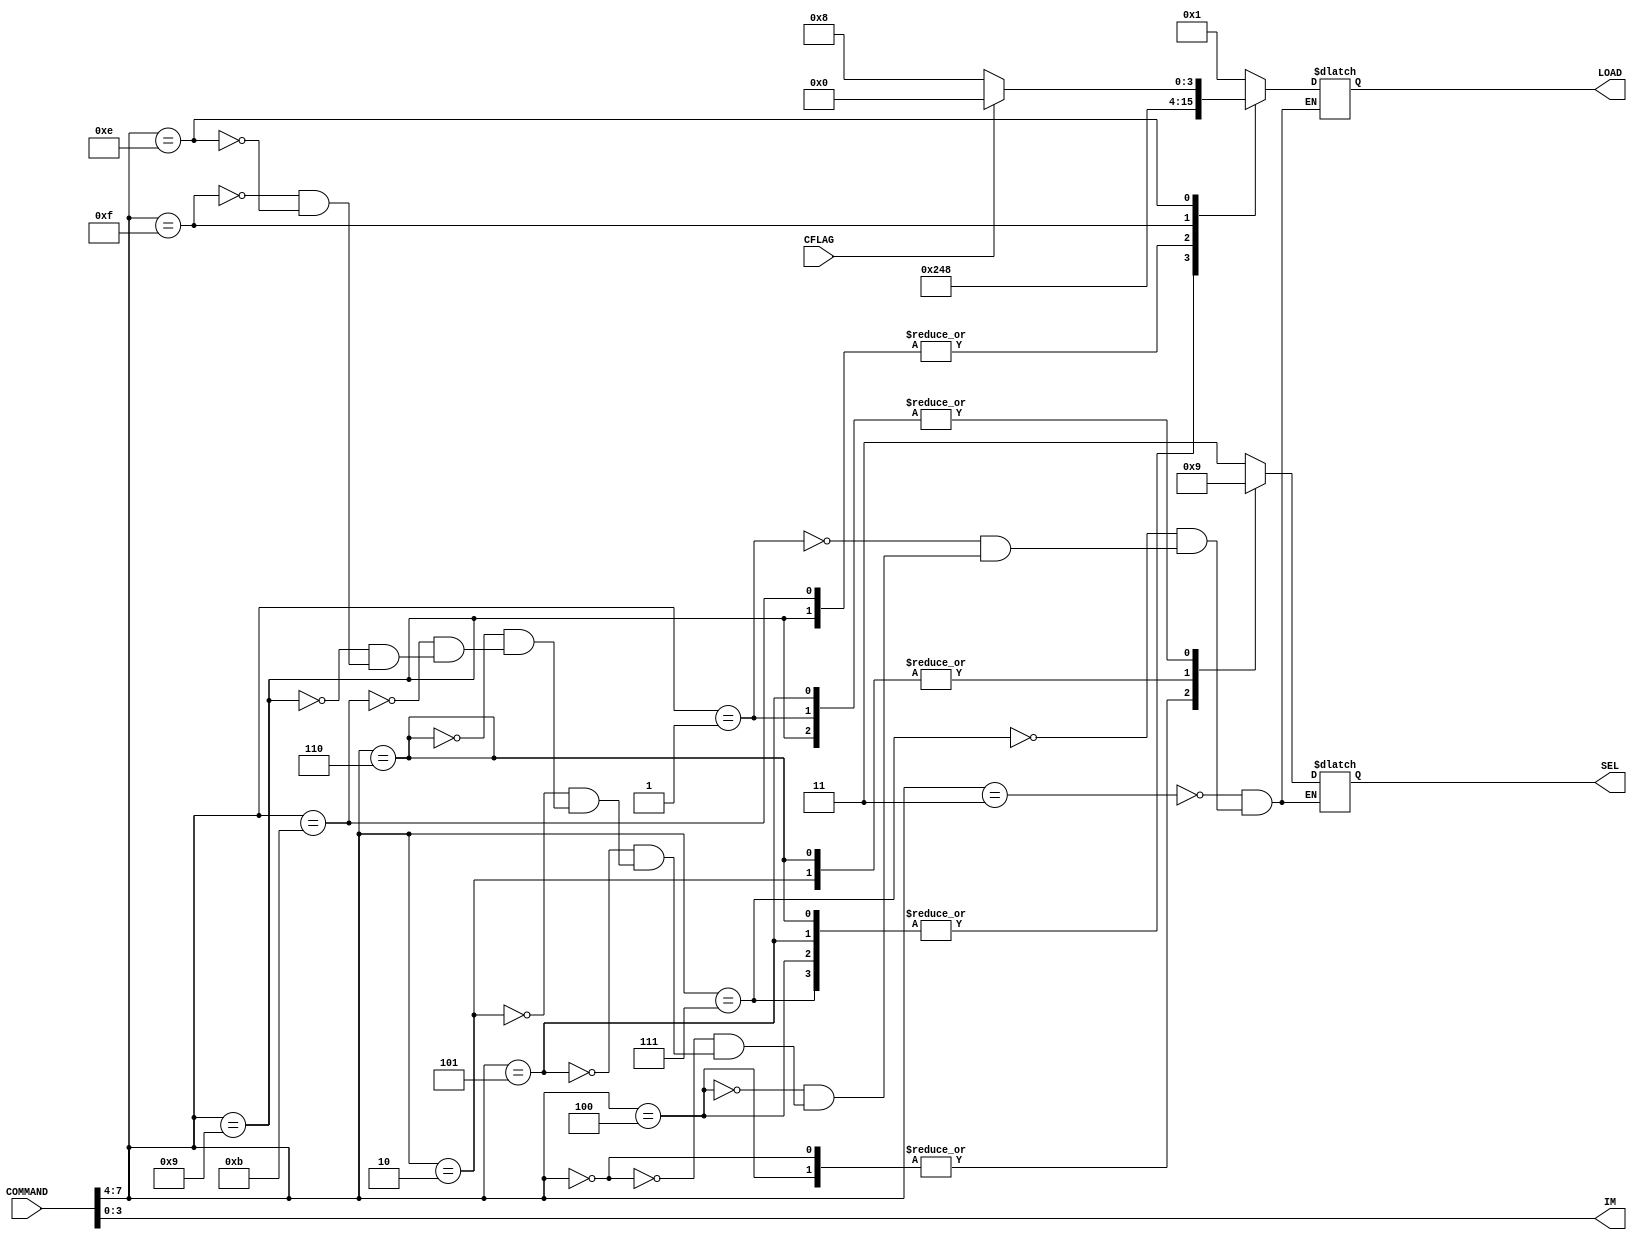
module DECODER(
	input [7:0] COMMAND,
	input CFLAG,
	output [3:0] IM,
	output reg [3:0] LOAD,
	output reg [1:0] SEL
);

assign IM = COMMAND[3:0];

always @* begin
	case (COMMAND[7:4])
		4'b0011: begin SEL <= 2'b11; LOAD <= 4'b0001; end
		4'b0111: begin SEL <= 2'b11; LOAD <= 4'b0010; end
		4'b0001: begin SEL <= 2'b01; LOAD <= 4'b0001; end
		4'b0100: begin SEL <= 2'b00; LOAD <= 4'b0010; end
		4'b0000: begin SEL <= 2'b00; LOAD <= 4'b0001; end
		4'b0101: begin SEL <= 2'b01; LOAD <= 4'b0010; end
		4'b0010: begin SEL <= 2'b10; LOAD <= 4'b0001; end
		4'b0110: begin SEL <= 2'b10; LOAD <= 4'b0010; end
		4'b1011: begin SEL <= 2'b11; LOAD <= 4'b0100; end
		4'b1001: begin SEL <= 2'b01; LOAD <= 4'b0100; end
		4'b1111: begin SEL <= 2'b11; LOAD <= 4'b1000; end
		4'b1110: if (!CFLAG) begin SEL <=2'b11; LOAD <= 4'b1000; end else begin SEL <= 2'bxx; LOAD <= 4'b0000; end
	endcase
end
endmodule